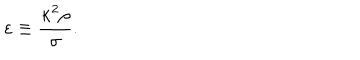
\varepsilon \equiv \frac { \kappa ^ { 2 } \rho } { \sigma } .